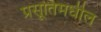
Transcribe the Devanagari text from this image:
प्रसूतिमधील